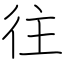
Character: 往